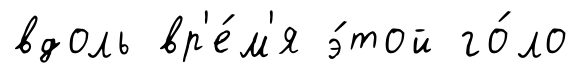
вдоль вр'е́м'я э́той го́ло